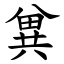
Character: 兾